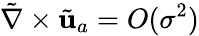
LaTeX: \tilde{\nabla}\times\tilde{\mathbf{u}}_{a}=O(\sigma^{2})